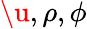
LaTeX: \u,\rho,\phi